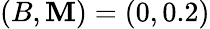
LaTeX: (B,\mathbf{M})=(0,0.2)